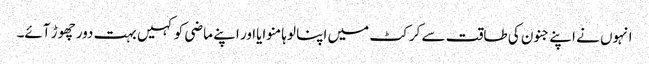
انہوں نے اپنے جنون کی طاقت سے کرکٹ میں اپنا لوہا منوایااور اپنے ماضی کو کہیں بہت دور چھوڑ آئے۔